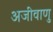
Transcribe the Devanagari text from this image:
अजीवाणु